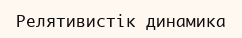
Релятивистік динамика